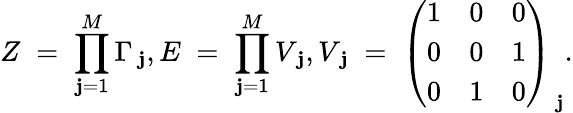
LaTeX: Z\; =\; \prod_{\mathbf{j}=1}^{M}\Gamma_{\, \mathbf{j}},E\; =\; \prod_{\mathbf{j}=1}^{M}V_{\, \mathbf{j}},V_{\, \mathbf{j}}\; =\; \left(\begin{array}{ccc}{{1}}&{{0}}&{{0}}\\ {{0}}&{{0}}&{{1}}\\ {{0}}&{{1}}&{{0}}\end{array}\right)_{\, \mathbf{j}}.